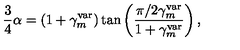
\frac { 3 } { 4 } \alpha = \left( 1 + \gamma _ { m } ^ { \mathrm { v a r } } \right) \tan \left( \frac { \pi / 2 \gamma _ { m } ^ { \mathrm { v a r } } } { 1 + \gamma _ { m } ^ { \mathrm { v a r } } } \right) ,